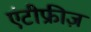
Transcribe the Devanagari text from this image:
एंटीफ्रीज़